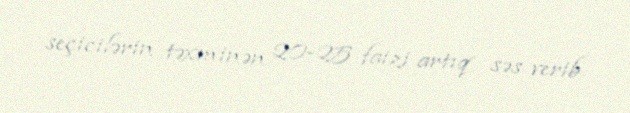
seçicilərin təxminən 20-25 faizi artıq səs verib.